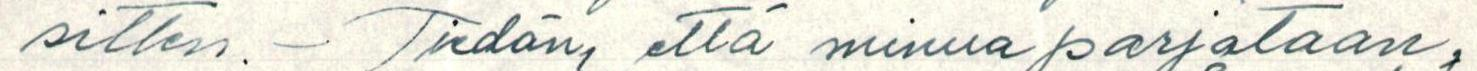
sitten. - Tiedän, että minua parjataan,